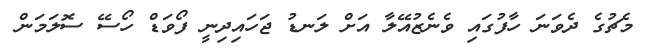
މެޗުގެ ދެވަނަ ހާފުގައި ވެނެޒުއޭލާ އަށް ލަނޑު ޖަހައިދިނީ ފޯވަޑް ހޯސޭ ސޮލަމަން